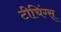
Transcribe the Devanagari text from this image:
टीचिंग्स्‌